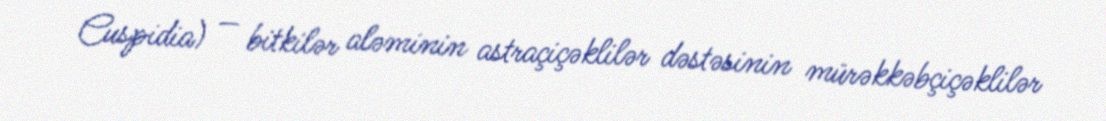
Cuspidia) — bitkilər aləminin astraçiçəklilər dəstəsinin mürəkkəbçiçəklilər